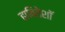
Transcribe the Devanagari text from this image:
हाबितेशॉ